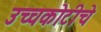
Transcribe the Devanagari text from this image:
उच्चकोटीचे